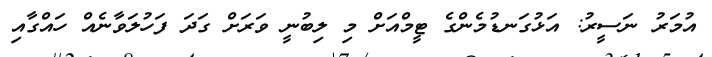
އުމަރު ނަސީރު: އަޅުގަނޑުމެންގެ ޓީމްއަށް މި ލިބުނީ ވަރަށް ގަދަ ފަހުލަވާނެއް ހައްގާއި